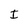
Character: I